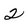
Character: 2